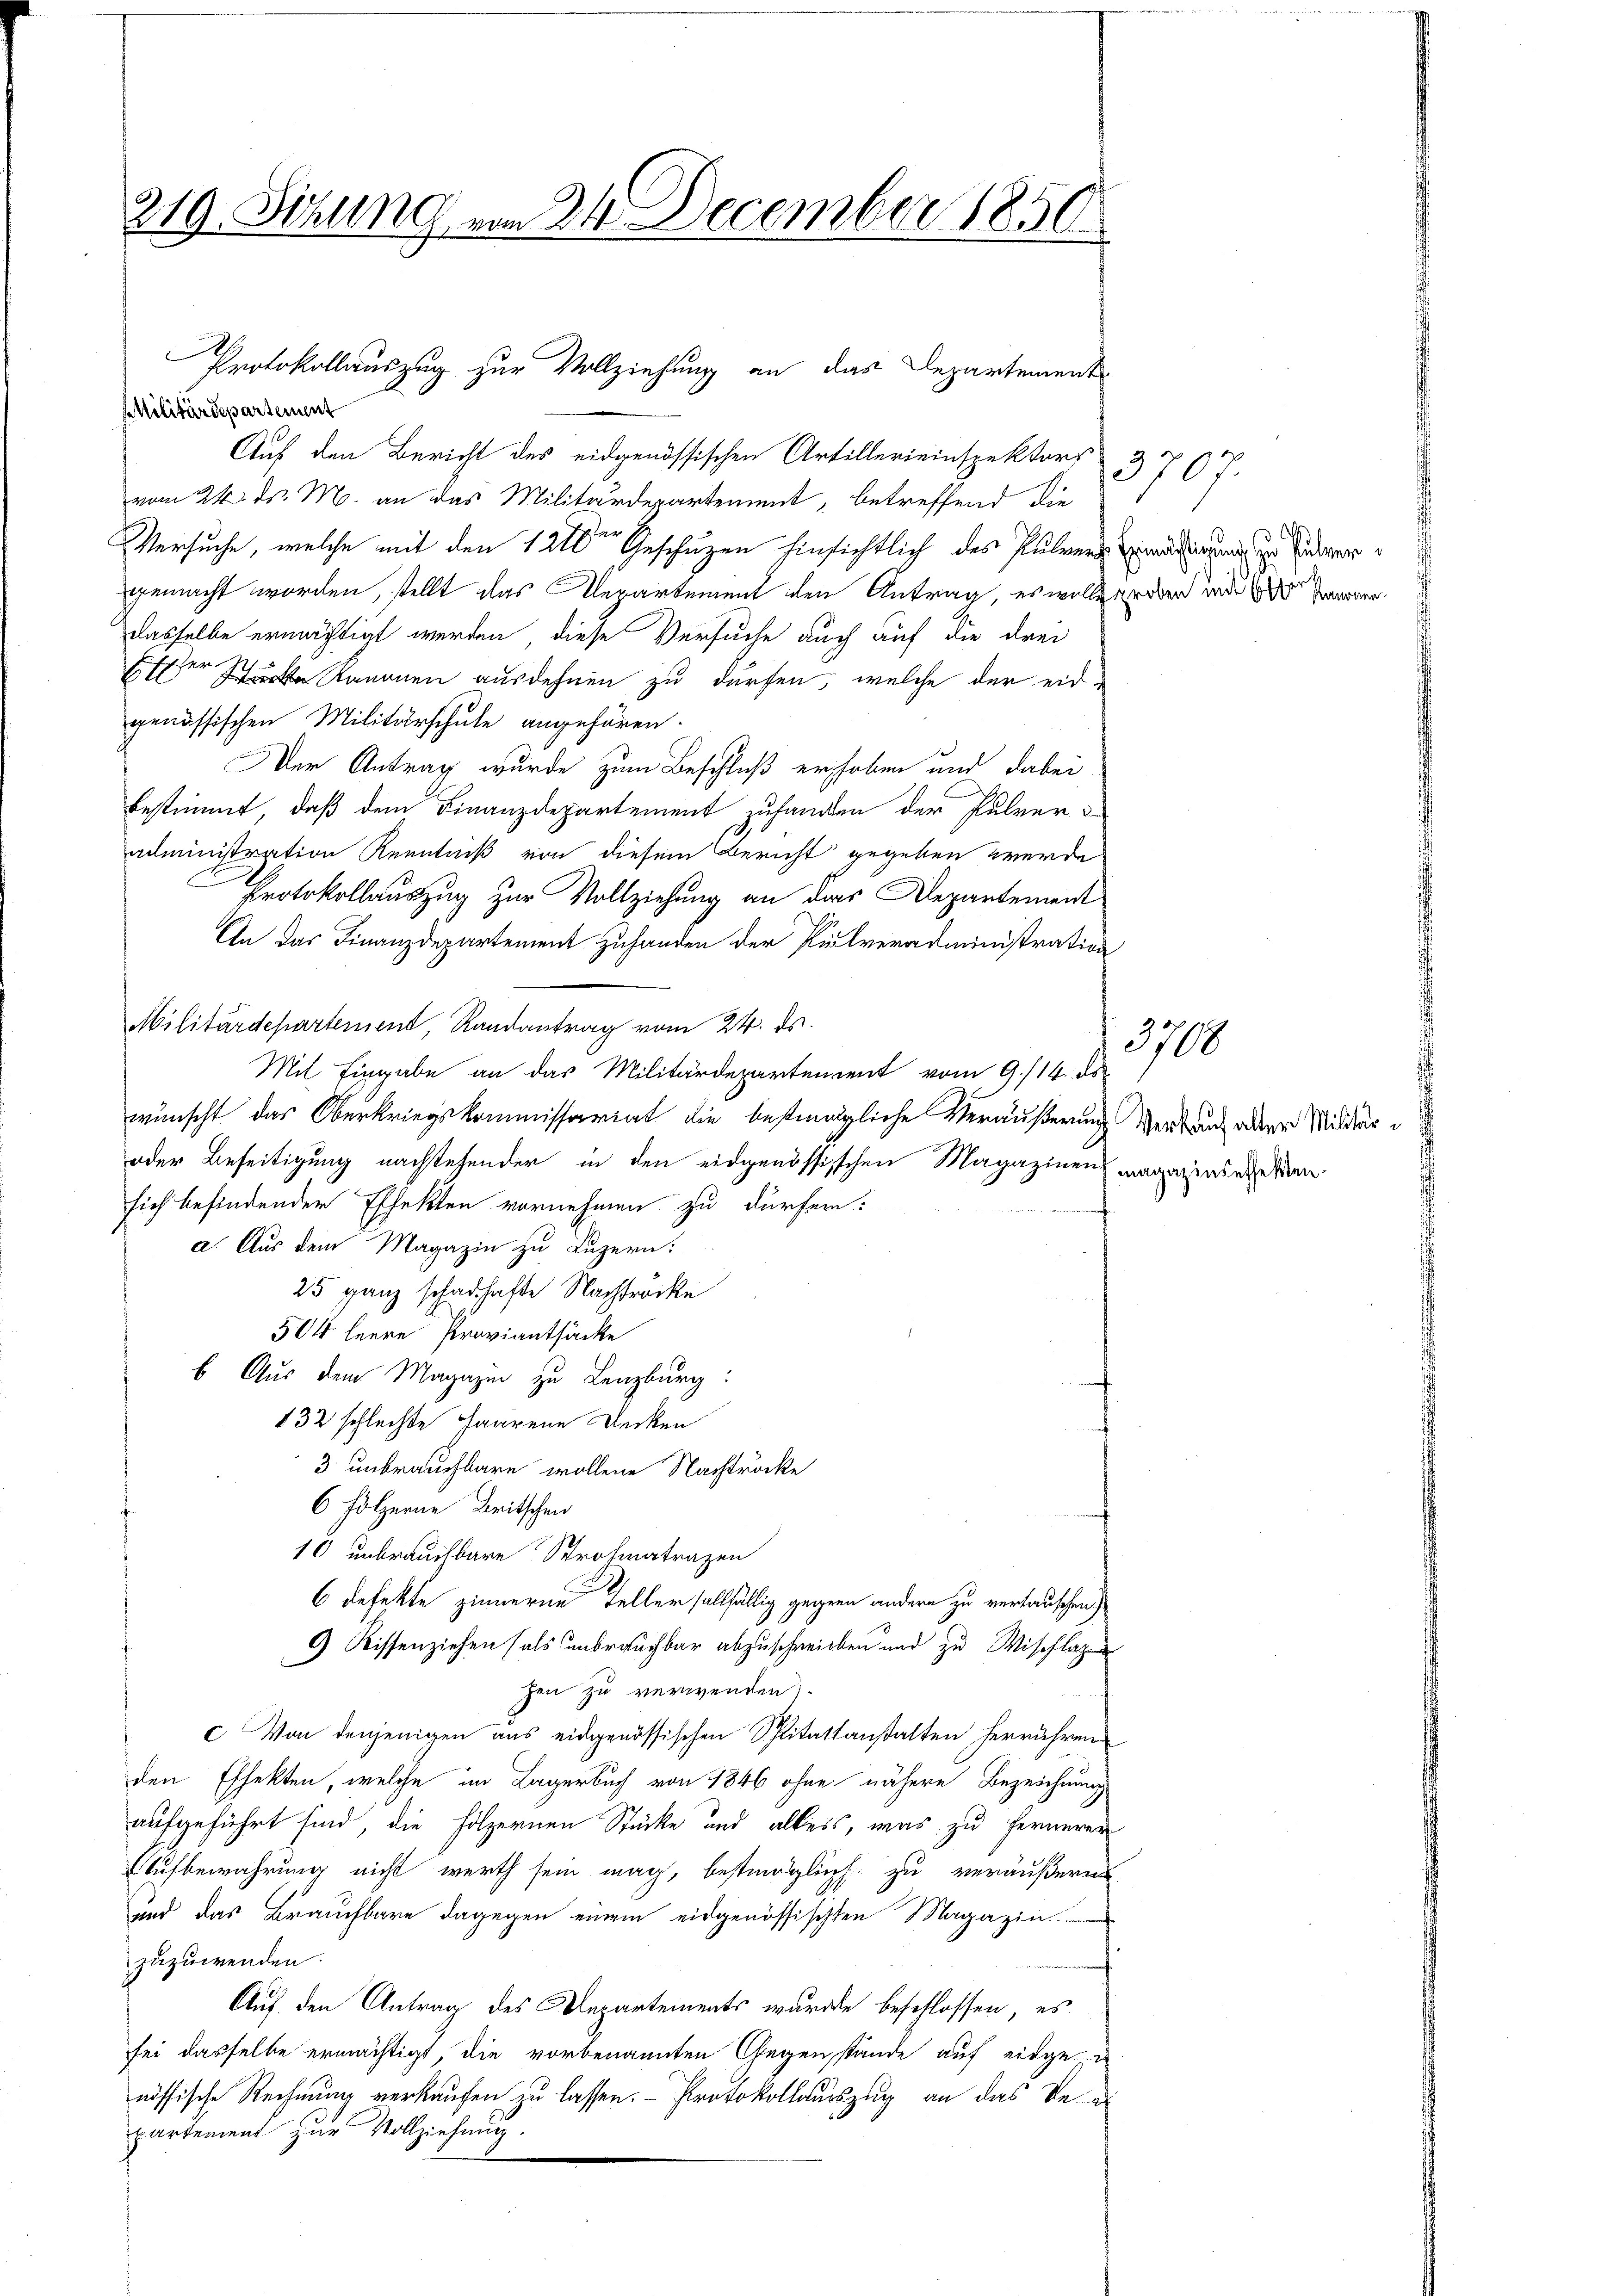
219. Sitzung vom 24. December 1850

Protokollauszug zur Vollziehung an das Departement

FMilitärdepartement
Auf den Bericht des eidgenössischen Artillerieinspektors
vom 24. ds. M. an das Militärdepartement betreffend die
Versuche, welche mit den 1210ten Geschuzen hinsichtlich des Pulver Ermächtigung zu Endergemacht worden, stellt das Verartement den Antrag, es wolle erden und die Zer
dasselbe ermächtigt werden, diese Versuche auch auf die drei
er sichte Sammen ausdehnen zu dürfen, welche der eid-
genössischen Militärschule angehören.
Der Antrag wurde zum Beschluß erhoben und dabei
bestimmt, daß dem Finanzdepartement zufanden der Pulveradministration Kenntniß von diesem Bericht gegeben werde
Protokollauszug zur Vollziehung an das Departement
An das Finanzdepartement zuhanden der Pulveradministration
Militärdepartement, Randantrag vom 24. ds.
Mit Eingabe an das Militärdepartement vom 9./14. ds.
wünscht das Oberkriegskommissariat die bestimmigliche Veräußerung verlang aber Milder
oder Beseitigung nachstehender in den eidgenössischen Magazinens magazinsegelten.
sich befindender Effekten vornehmen zu dürfen:
a. Aus dem Magazin zu Luzern:
25 ganz schadhafte Nachtrocke
504 leere Proviantsäcke
6. Aus dem Magazin zu Lenzburg:
132 schlechte Paarene Decken
3. unbrauchbare wollene Nachtrocke
6 Folzerne Britschen
10 unbrauchbare Strohmatrazen
6 defekte zinnerne Teller sallfällig gegenn andern zu vertauschen)
9) Wissenziehen (als unbrauchbar abzuschreiben und zu Wischlagen
zen zu verwenden,
c. Von denjenigen aus eidgenössischen Spitatsanstalten herrühren
den Effekten, welche im Lagerbuch von 1846 ohne nähere Bezeichnung
aufgeführt sind, die Hölzernen Stücke und alles, was zu fernerer
Aufbewahrung nicht werth sein mag, bestiglich zu veräußern.
und das Brauchbare dagegen einem eidgenössischten Magazin
zuzuwenden.
f
Auf den Antrag des Departements wurde beschlossen, es
sei dasselbe ermächtigt, die vorbenannten Gegenstände auf eidge-
nössische Rechnung verkaufen zu lassen. - Protokollauszug an das Ve
partement zur Vollziehung.

3700

3700